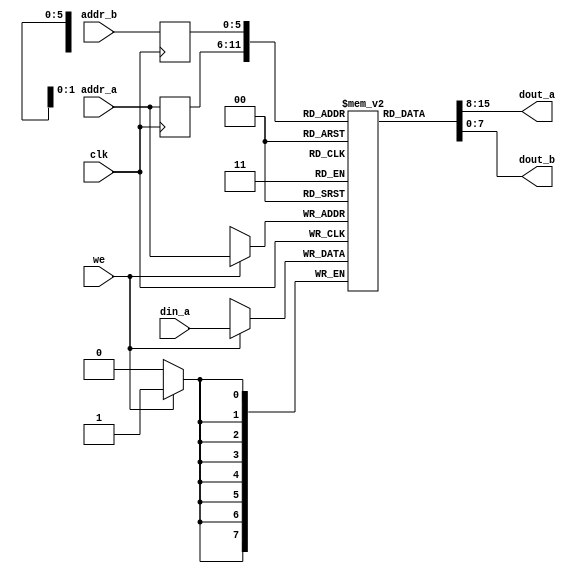
//-----------------------------------------------------------------------------
// The confidential and proprietary information contained in this file may
// only be used by a person authorised under and to the extent permitted
// by a subsisting licensing agreement from ARM Limited.
//
//            (C) COPYRIGHT 2013 ARM Limited.
//                ALL RIGHTS RESERVED
//
// This entire notice must be reproduced on all copies of this file
// and copies of this file may only be made by a person if such person is
// permitted to do so under the terms of a subsisting license agreement
// from ARM Limited.
//
//      SVN Information
//
//      Checked In          : $Date: 2017-07-25 15:10:13 +0100 (Tue, 25 Jul 2017) $
//
//      Revision            : $Revision: 368444 $
//
//      Release Information : Cortex-M0 DesignStart-r2p0-00rel0
//
//-----------------------------------------------------------------------------
//-----------------------------------------------------------------------------
// Abstract : Dual port RAM for VGA module
//-----------------------------------------------------------------------------


module dual_port_ram_sync
  #(
      parameter ADDR_WIDTH = 6,
      parameter DATA_WIDTH = 8
  )
  (
  input wire clk,
  input wire we,
  input wire [ADDR_WIDTH-1:0] addr_a,
  input wire [ADDR_WIDTH-1:0] addr_b,
  input wire [DATA_WIDTH-1:0] din_a,
  
  output wire [DATA_WIDTH-1:0] dout_a,
  output wire [DATA_WIDTH-1:0] dout_b
  );

  reg [DATA_WIDTH-1:0] ram [2**ADDR_WIDTH-1:0];
  reg [ADDR_WIDTH-1:0] addr_a_reg;
  reg [ADDR_WIDTH-1:0] addr_b_reg;
  
  always @ (posedge clk)
  begin
    if(we)
      ram[addr_a] <= din_a;
    addr_a_reg <= addr_a;
    addr_b_reg <= addr_b;
  end
  
  assign dout_a = ram[addr_a_reg];
  assign dout_b = ram[addr_b_reg];
  
endmodule